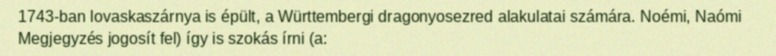
1743-ban lovaskaszárnya is épült, a Württembergi dragonyosezred alakulatai számára. Noémi, Naómi Megjegyzés jogosít fel) így is szokás írni (a: